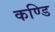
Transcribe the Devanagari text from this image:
कण्डि